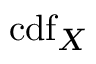
\operatorname { c d f } _ { X }